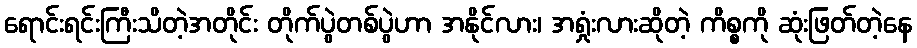
ရောင်းရင်းကြီးသိတဲ့အတိုင်း တိုက်ပွဲတစ်ပွဲဟာ အနိုင်လား၊ အရှုံးလားဆိုတဲ့ ကိစ္စကို ဆုံးဖြတ်တဲ့နေ